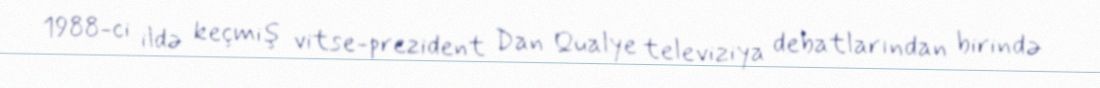
1988-ci ildə keçmiş vitse-prezident Dan Qualye televiziya debatlarından birində